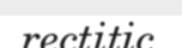
rectitic